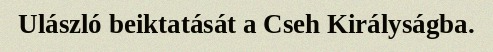
Ulászló beiktatását a Cseh Királyságba.